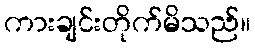
ကားချင်းတိုက်မိသည်။